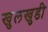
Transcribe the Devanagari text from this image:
खुलखुडी